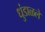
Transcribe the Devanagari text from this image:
धुंडाळले